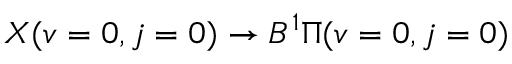
X ( v = 0 , j = 0 ) \to B ^ { 1 } \Pi ( v = 0 , j = 0 )